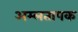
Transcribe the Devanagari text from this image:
अम्लतापक